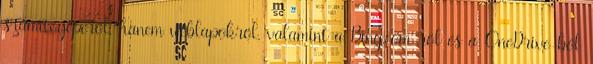
számítógépéről, hanem weblapokról, valamint a Bing.com-ról és a OneDrive-ból